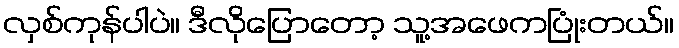
လှစ်ကုန်ပါပဲ။ ဒီလိုပြောတော့ သူ့အဖေကပြုံးတယ်။